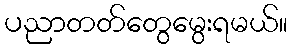
ပညာတတ်တွေမွေးရမယ်။